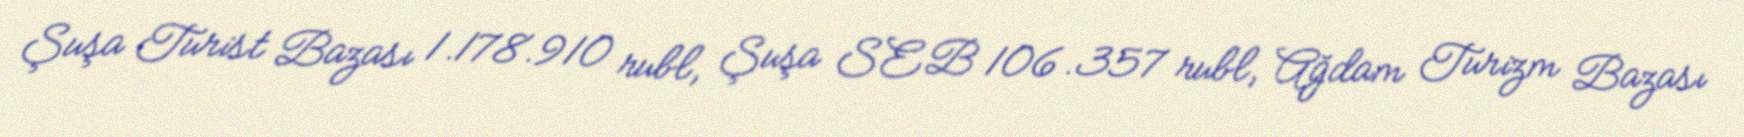
Şuşa Turist Bazası 1.178.910 rubl, Şuşa SEB 106.357 rubl, Ağdam Turizm Bazası